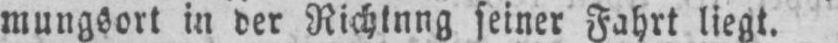
mungsort in der Richtnng seiner Fahrt liegt.